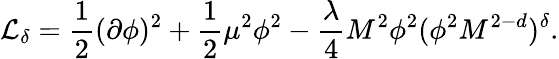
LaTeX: {\cal L}_{\delta}={\frac{1}{2}}(\partial\phi)^{2}+{\frac{1}{2}}\mu^{2}\phi^{2}-{\frac{\lambda}{4}}M^{2}\phi^{2}(\phi^{2}M^{2-d})^{\delta}.